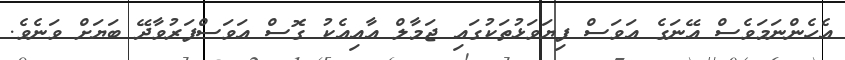
އެހެންނަމަވެސް އޭނަގެ އަވަސް ފިޔަވަޅުތަކުގައި ޖަމާލް އާއިއެކު ގޮސް އަވަސްފަރުވާދޭ ބަޔަށް ވަނެވެ.